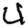
Digit: 4